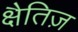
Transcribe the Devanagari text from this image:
क्षैतिज़